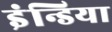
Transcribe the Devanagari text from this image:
इंन्डिया